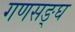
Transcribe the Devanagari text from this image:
गणसङ्घ